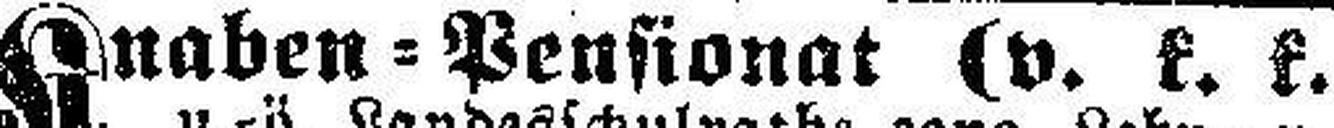
Knaben=Pensionat (v. k. k.